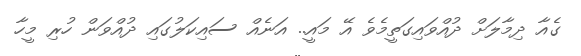
ގެއާ ދިމާލަށް ދުއްވައިގަތީމެވެ އޭ މައީ.. އަނެއް ސައިކަލުގައި ދުއްވަން ހުރި މީހާ